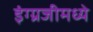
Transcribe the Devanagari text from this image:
इंग्ग्रजीमध्ये